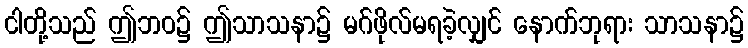
ငါတို့သည် ဤဘဝ၌ ဤသာသနာ၌ မဂ်ဖိုလ်မရခဲ့လျှင် နောက်ဘုရား သာသနာ၌